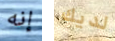
إنه لديك